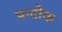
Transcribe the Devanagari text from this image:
चन्दौक